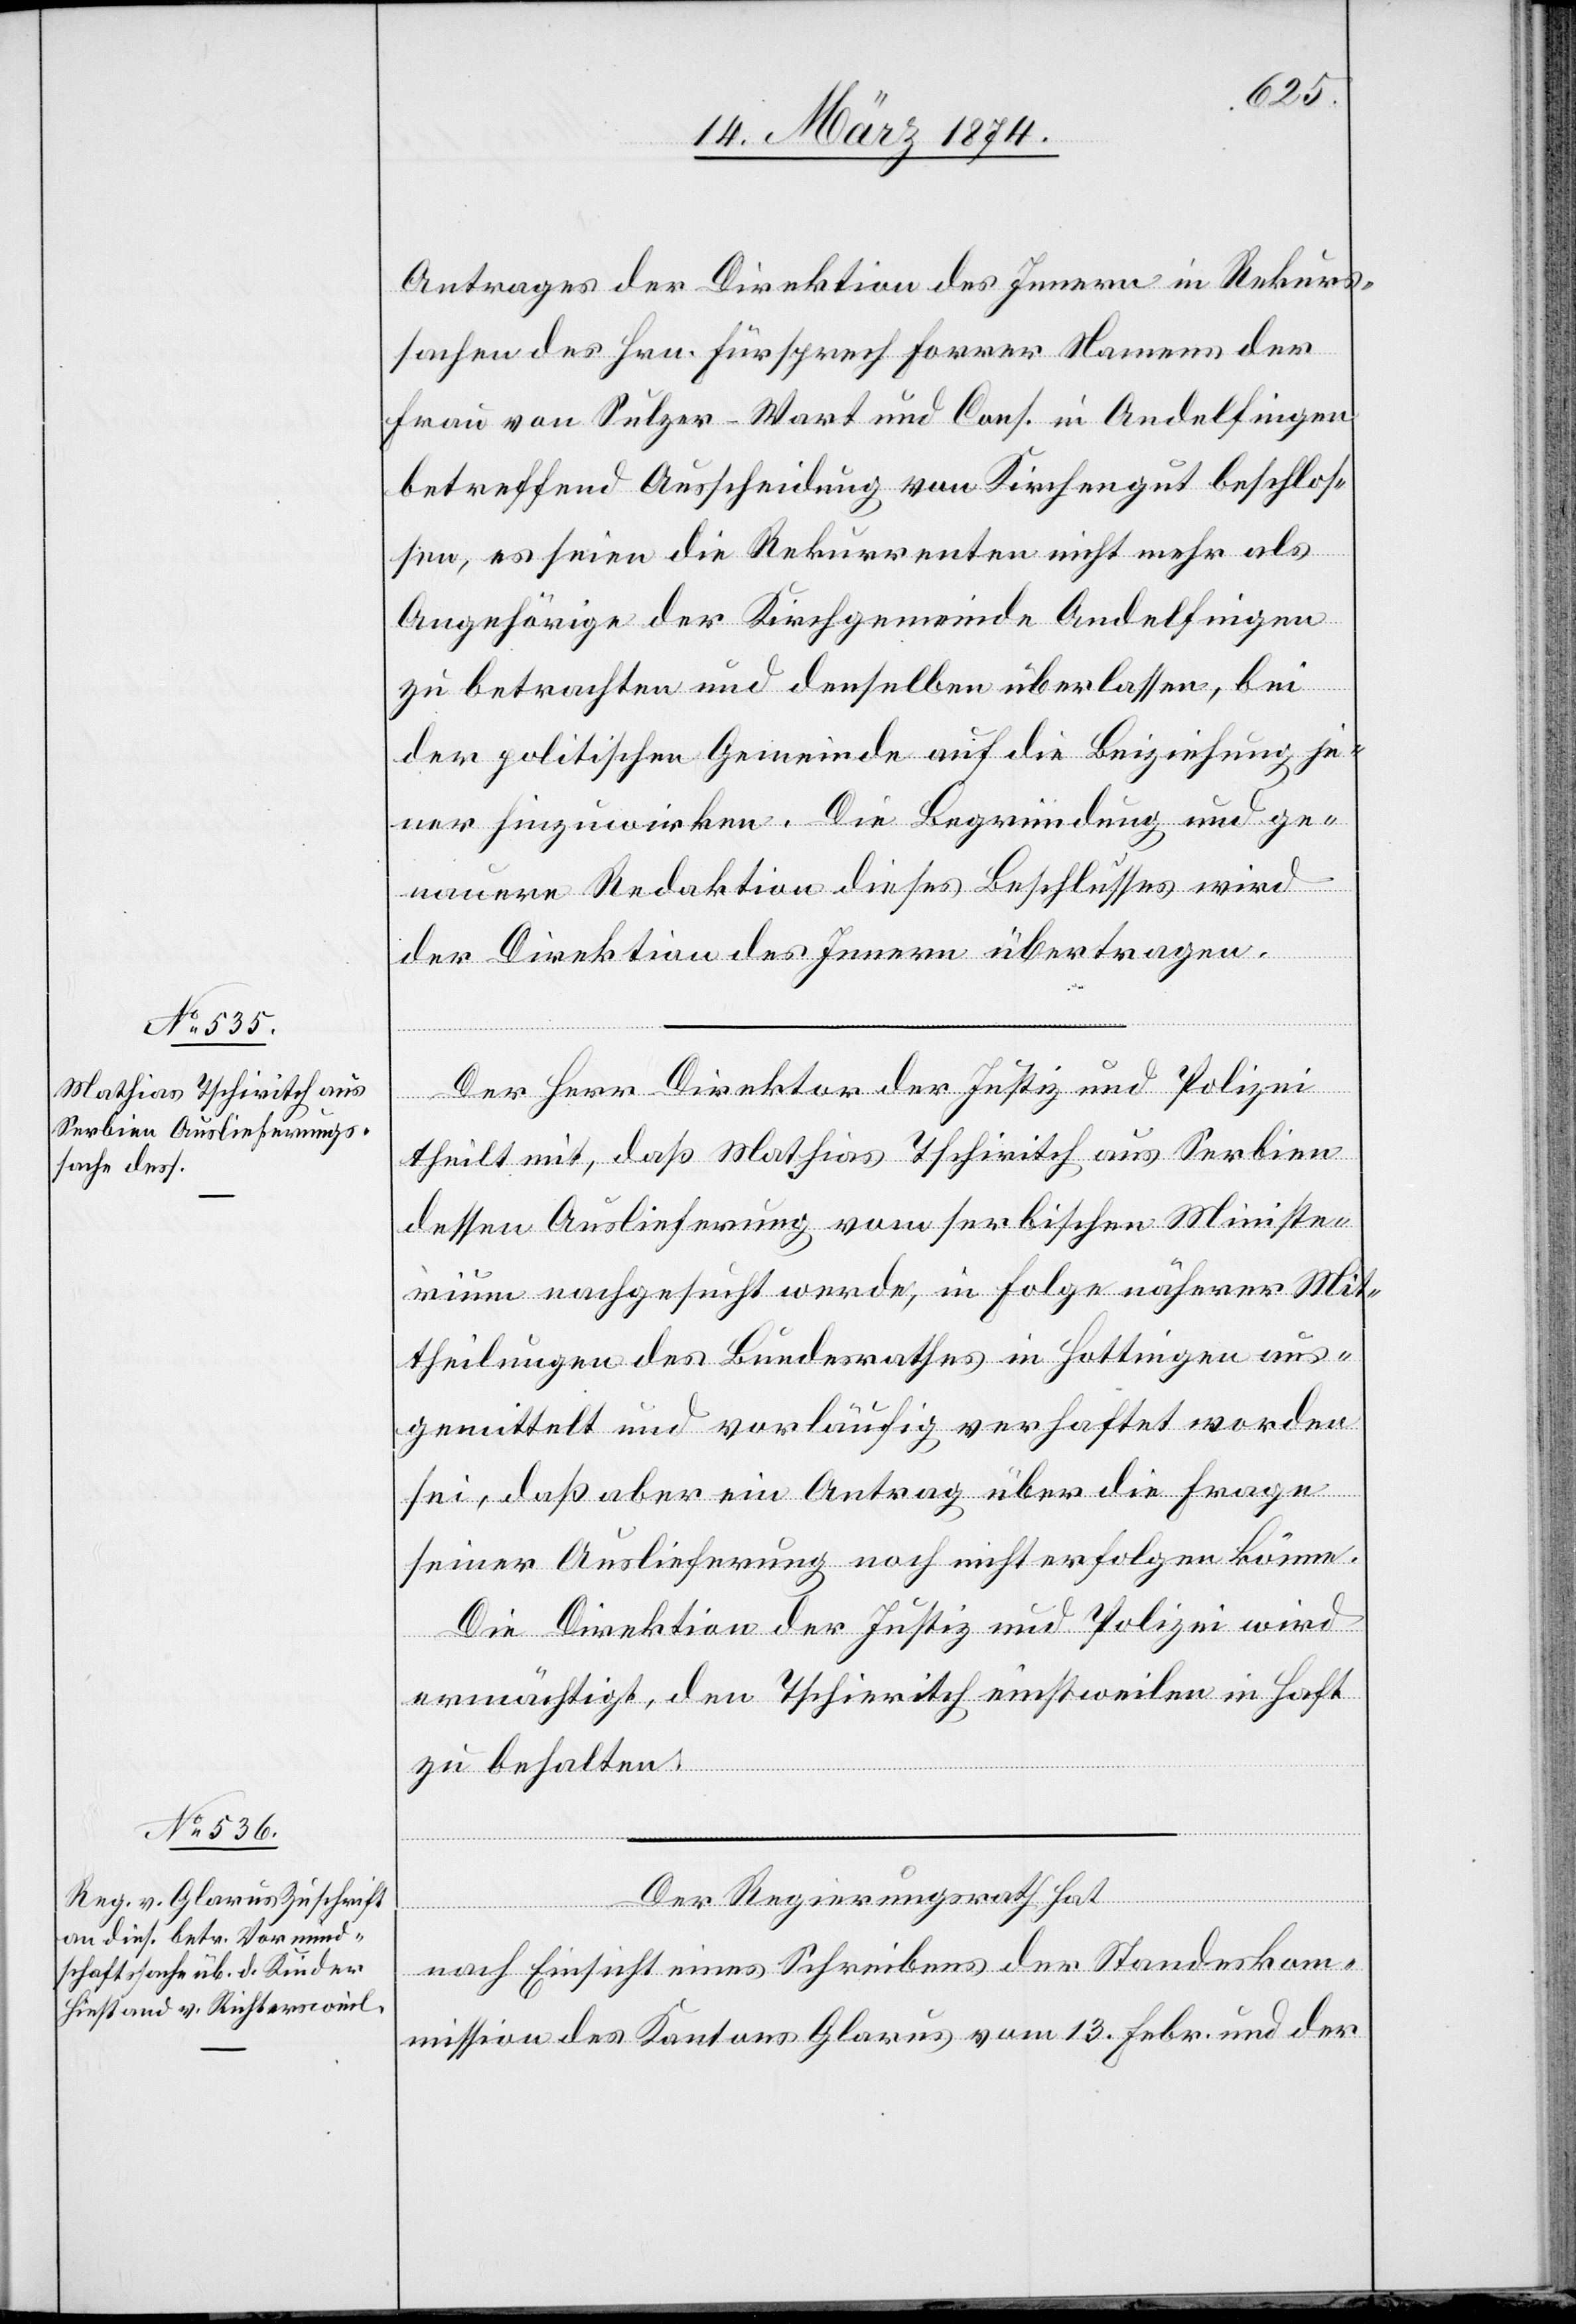
Antrages der Direktion des Innern in Rekurs¬
sachen des Hrn. Fürsprech Forrer Namens der
Frau von Sulzer-Wart und Cons. in Andelfingen
betreffend Ausscheidung von Kirchengut beschlos¬
sen, es seien die Rekurrenten nicht mehr als
Angehörige der Kirchgemeinde Andelfingen
zu betrachten und denselben überlassen, bei
der politischen Gemeinde auf die Beiziehung je¬
ner hinzuwirken. Die Begründung und ge¬
nauere Redaktion dieses Beschlusses wird
der Direktion des Innern übertragen.
Der Herr Direktor der Justiz und Polizei
theilt mit, daß Mathias Tschiritch aus Serbien
dessen Auslieferung vom serbischen Minister¬
ium nachgesucht werde, in Folge näherer Mit¬
theilungen des Bundesrathes in Hottingen aus¬
gemittelt und vorläufig verhaftet worden
sei, daß aber ein Antrag über die Frage
seiner Auslieferung noch nicht erfolgen könne.
Die Direktion der Justiz und Polizei wird
ermächtigt, den Tschiritch einstweilen in Haft
zu behalten.
Der Regierungsrath hat
nach Einsicht eines Schreibens der Standeskom¬
mission des Kantons Glarus vom 13. Febr. und der